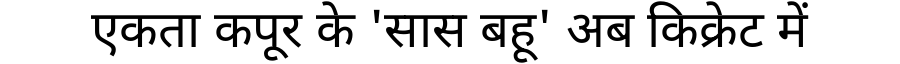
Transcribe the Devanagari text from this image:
एकता कपूर के 'सास बहू' अब किक्रेट में